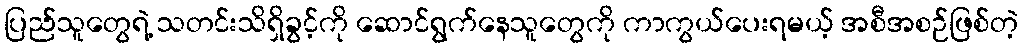
ပြည်သူတွေရဲ့ သတင်းသိရှိခွင့်ကို ဆောင်ရွက်နေသူတွေကို ကာကွယ်ပေးရမယ့် အစီအစဉ်ဖြစ်တဲ့